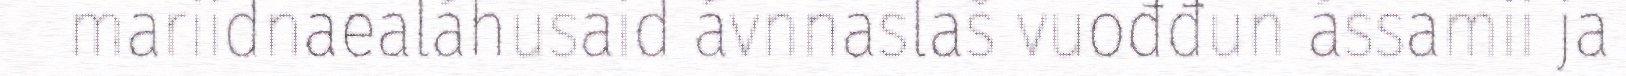
mariidnaealáhusaid ávnnaslaš vuođđun ássamii ja